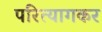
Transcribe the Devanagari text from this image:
परित्यागकर